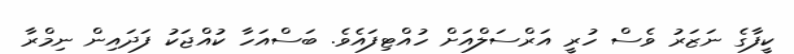
ކީފާގެ ނަޒަރު ވެސް ހުރީ އަރްސަލްއަށް ހުއްޓިފައެވެ. ބަސްއަހާ ކުއްޖަކު ފަދައިން ނިމްރާ